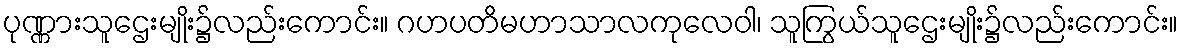
ပုဏ္ဏားသူဌေးမျိုး၌လည်းကောင်း။ ဂဟပတိမဟာသာလကုလေဝါ၊ သူကြွယ်သူဌေးမျိုး၌လည်းကောင်း။